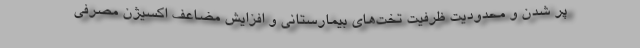
پر شدن و محدودیت ظرفیت تخت‌های بیمارستانی و افزایش مضاعف اکسیژن مصرفی